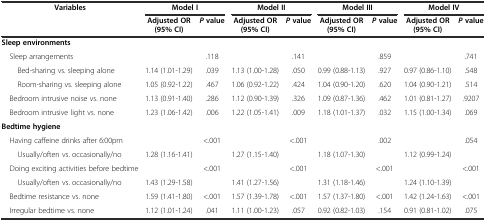
<table><thead><tr><td rowspan="2"><b>Variables</b></td><td colspan="2"><b>Model I</b></td><td colspan="2"><b>Model II</b></td><td colspan="2"><b>Model III</b></td><td colspan="2"><b>Model IV</b></td></tr><tr><td><b>Adjusted OR (95% CI)</b></td><td><b><i>P</i>value</b></td><td><b>Adjusted OR (95% CI)</b></td><td><b><i>P</i>value</b></td><td><b>Adjusted OR (95% CI)</b></td><td><b><i>P</i>value</b></td><td><b>Adjusted OR (95% CI)</b></td><td><b><i>P</i>value</b></td></tr></thead><tbody><tr><td><b>Sleep environments</b></td><td></td><td></td><td></td><td></td><td></td><td></td><td></td><td></td></tr><tr><td> Sleep arrangements</td><td></td><td>.118</td><td></td><td>.141</td><td></td><td>.859</td><td></td><td>.741</td></tr><tr><td>Bed-sharing vs. sleeping alone</td><td>1.14 (1.01-1.29)</td><td>.039</td><td>1.13 (1.00-1.28)</td><td>.050</td><td>0.99 (0.88-1.13)</td><td>.927</td><td>0.97 (0.86-1.10)</td><td>.548</td></tr><tr><td>Room-sharing vs. sleeping alone</td><td>1.05 (0.92-1.22)</td><td>.467</td><td>1.06 (0.92-1.22)</td><td>.424</td><td>1.04 (0.90-1.20)</td><td>.620</td><td>1.04 (0.90-1.21)</td><td>.514</td></tr><tr><td> Bedroom intrusive noise vs. none</td><td>1.13 (0.91-1.40)</td><td>.286</td><td>1.12 (0.90-1.39)</td><td>.326</td><td>1.09 (0.87-1.36)</td><td>.462</td><td>1.01 (0.81-1.27)</td><td>.9207</td></tr><tr><td> Bedroom intrusive light vs. none</td><td>1.23 (1.06-1.42)</td><td>.006</td><td>1.22 (1.05-1.41)</td><td>.009</td><td>1.18 (1.01-1.37)</td><td>.032</td><td>1.15 (1.00-1.34)</td><td>.069</td></tr><tr><td><b>Bedtime hygiene</b></td><td></td><td></td><td></td><td></td><td></td><td></td><td></td><td></td></tr><tr><td> Having caffeine drinks after 6:00pm</td><td></td><td>&lt;.001</td><td></td><td>&lt;.001</td><td></td><td>.002</td><td></td><td>.054</td></tr><tr><td>Usually/often vs. occasionally/no</td><td>1.28 (1.16-1.41)</td><td></td><td>1.27 (1.15-1.40)</td><td></td><td>1.18 (1.07-1.30)</td><td></td><td>1.12 (0.99-1.24)</td><td></td></tr><tr><td> Doing exciting activities before bedtime</td><td></td><td>&lt;.001</td><td></td><td>&lt;.001</td><td></td><td>&lt;.001</td><td></td><td>&lt;.001</td></tr><tr><td>Usually/often vs. occasionally/no</td><td>1.43 (1.29-1.58)</td><td></td><td>1.41 (1.27-1.56)</td><td></td><td>1.31 (1.18-1.46)</td><td></td><td>1.24 (1.10-1.39)</td><td></td></tr><tr><td> Bedtime resistance vs. none</td><td>1.59 (1.41-1.80)</td><td>&lt;.001</td><td>1.57 (1.39-1.78)</td><td>&lt;.001</td><td>1.57 (1.37-1.80)</td><td>&lt;.001</td><td>1.42 (1.24-1.63)</td><td>&lt;.001</td></tr><tr><td> Irregular bedtime vs. none</td><td>1.12 (1.01-1.24)</td><td>.041</td><td>1.11 (1.00-1.23)</td><td>.057</td><td>0.92 (0.82-1.03)</td><td>.154</td><td>0.91 (0.81-1.02)</td><td>.075</td></tr></tbody></table>